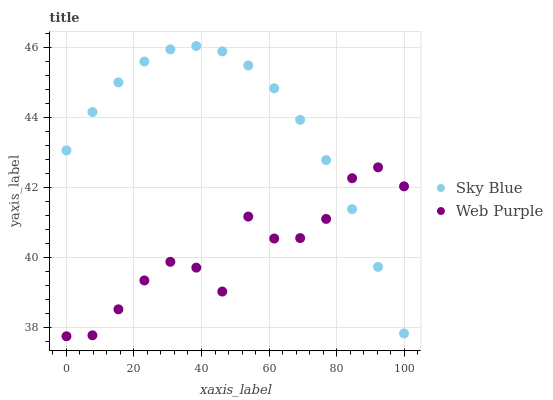
| xaxis_label | Sky Blue | Web Purple |
 | --- | --- | --- |
 | 0 | 43.1 | 37.7 |
 | 7.69 | 44.2 | 37.8 |
 | 15.4 | 45 | 38.5 |
 | 23.1 | 45.6 | 39.3 |
 | 30.8 | 46 | 39.9 |
 | 38.5 | 46.1 | 39.7 |
 | 46.2 | 45.9 | 39 |
 | 53.8 | 45.5 | 41.2 |
 | 61.5 | 44.8 | 40.5 |
 | 69.2 | 43.9 | 40.6 |
 | 76.9 | 42.8 | 41.1 |
 | 84.6 | 41.4 | 42.3 |
 | 92.3 | 39.7 | 42.6 |
 | 100 | 37.8 | 42 |